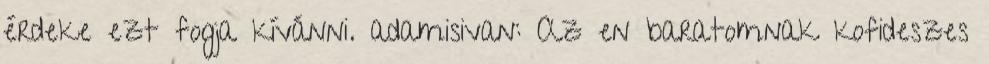
érdeke ezt fogja kívánni. adamisivan: Az en baratomnak kofideszes